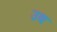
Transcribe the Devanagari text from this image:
उथ